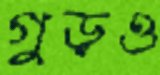
গুড়ও